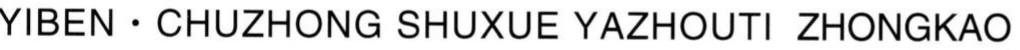
YIBEN \cdot CHUZHONG SHUXUE YAZHOUTI ZHONGKAO